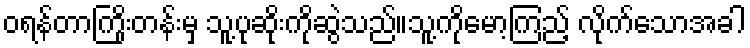
ဝရန်တာကြိုးတန်းမှ သူ့ပုဆိုးကိုဆွဲသည်။သူ့ကိုမော့ကြည့် လိုက်သောအခါ